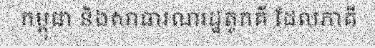
កម្ពុជា និងសាធារណរដ្ឋតួកគី ដែលភាគី